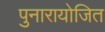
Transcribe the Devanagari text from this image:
पुनारायोजित